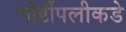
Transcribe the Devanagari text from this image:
गोष्टींपलीकडे